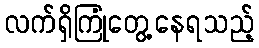
လက်ရှိကြုံတွေ့နေရသည့်